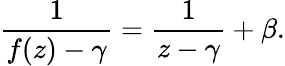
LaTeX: {\frac{1}{f(z)-\gamma}}={\frac{1}{z-\gamma}}+\beta.